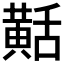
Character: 𪎾